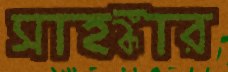
সাহঙ্কার